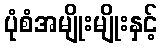
ပုံစံအမျိုးမျိုးနှင့်